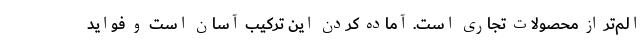
الم‌تر از محصولات تجاری است. آماده کردن این ترکیب آسان است و فواید